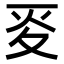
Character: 𡕢